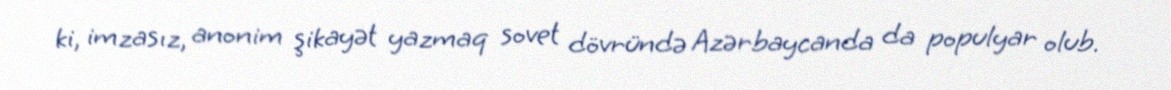
ki, imzasız, anonim şikayət yazmaq sovet dövründə Azərbaycanda da populyar olub.